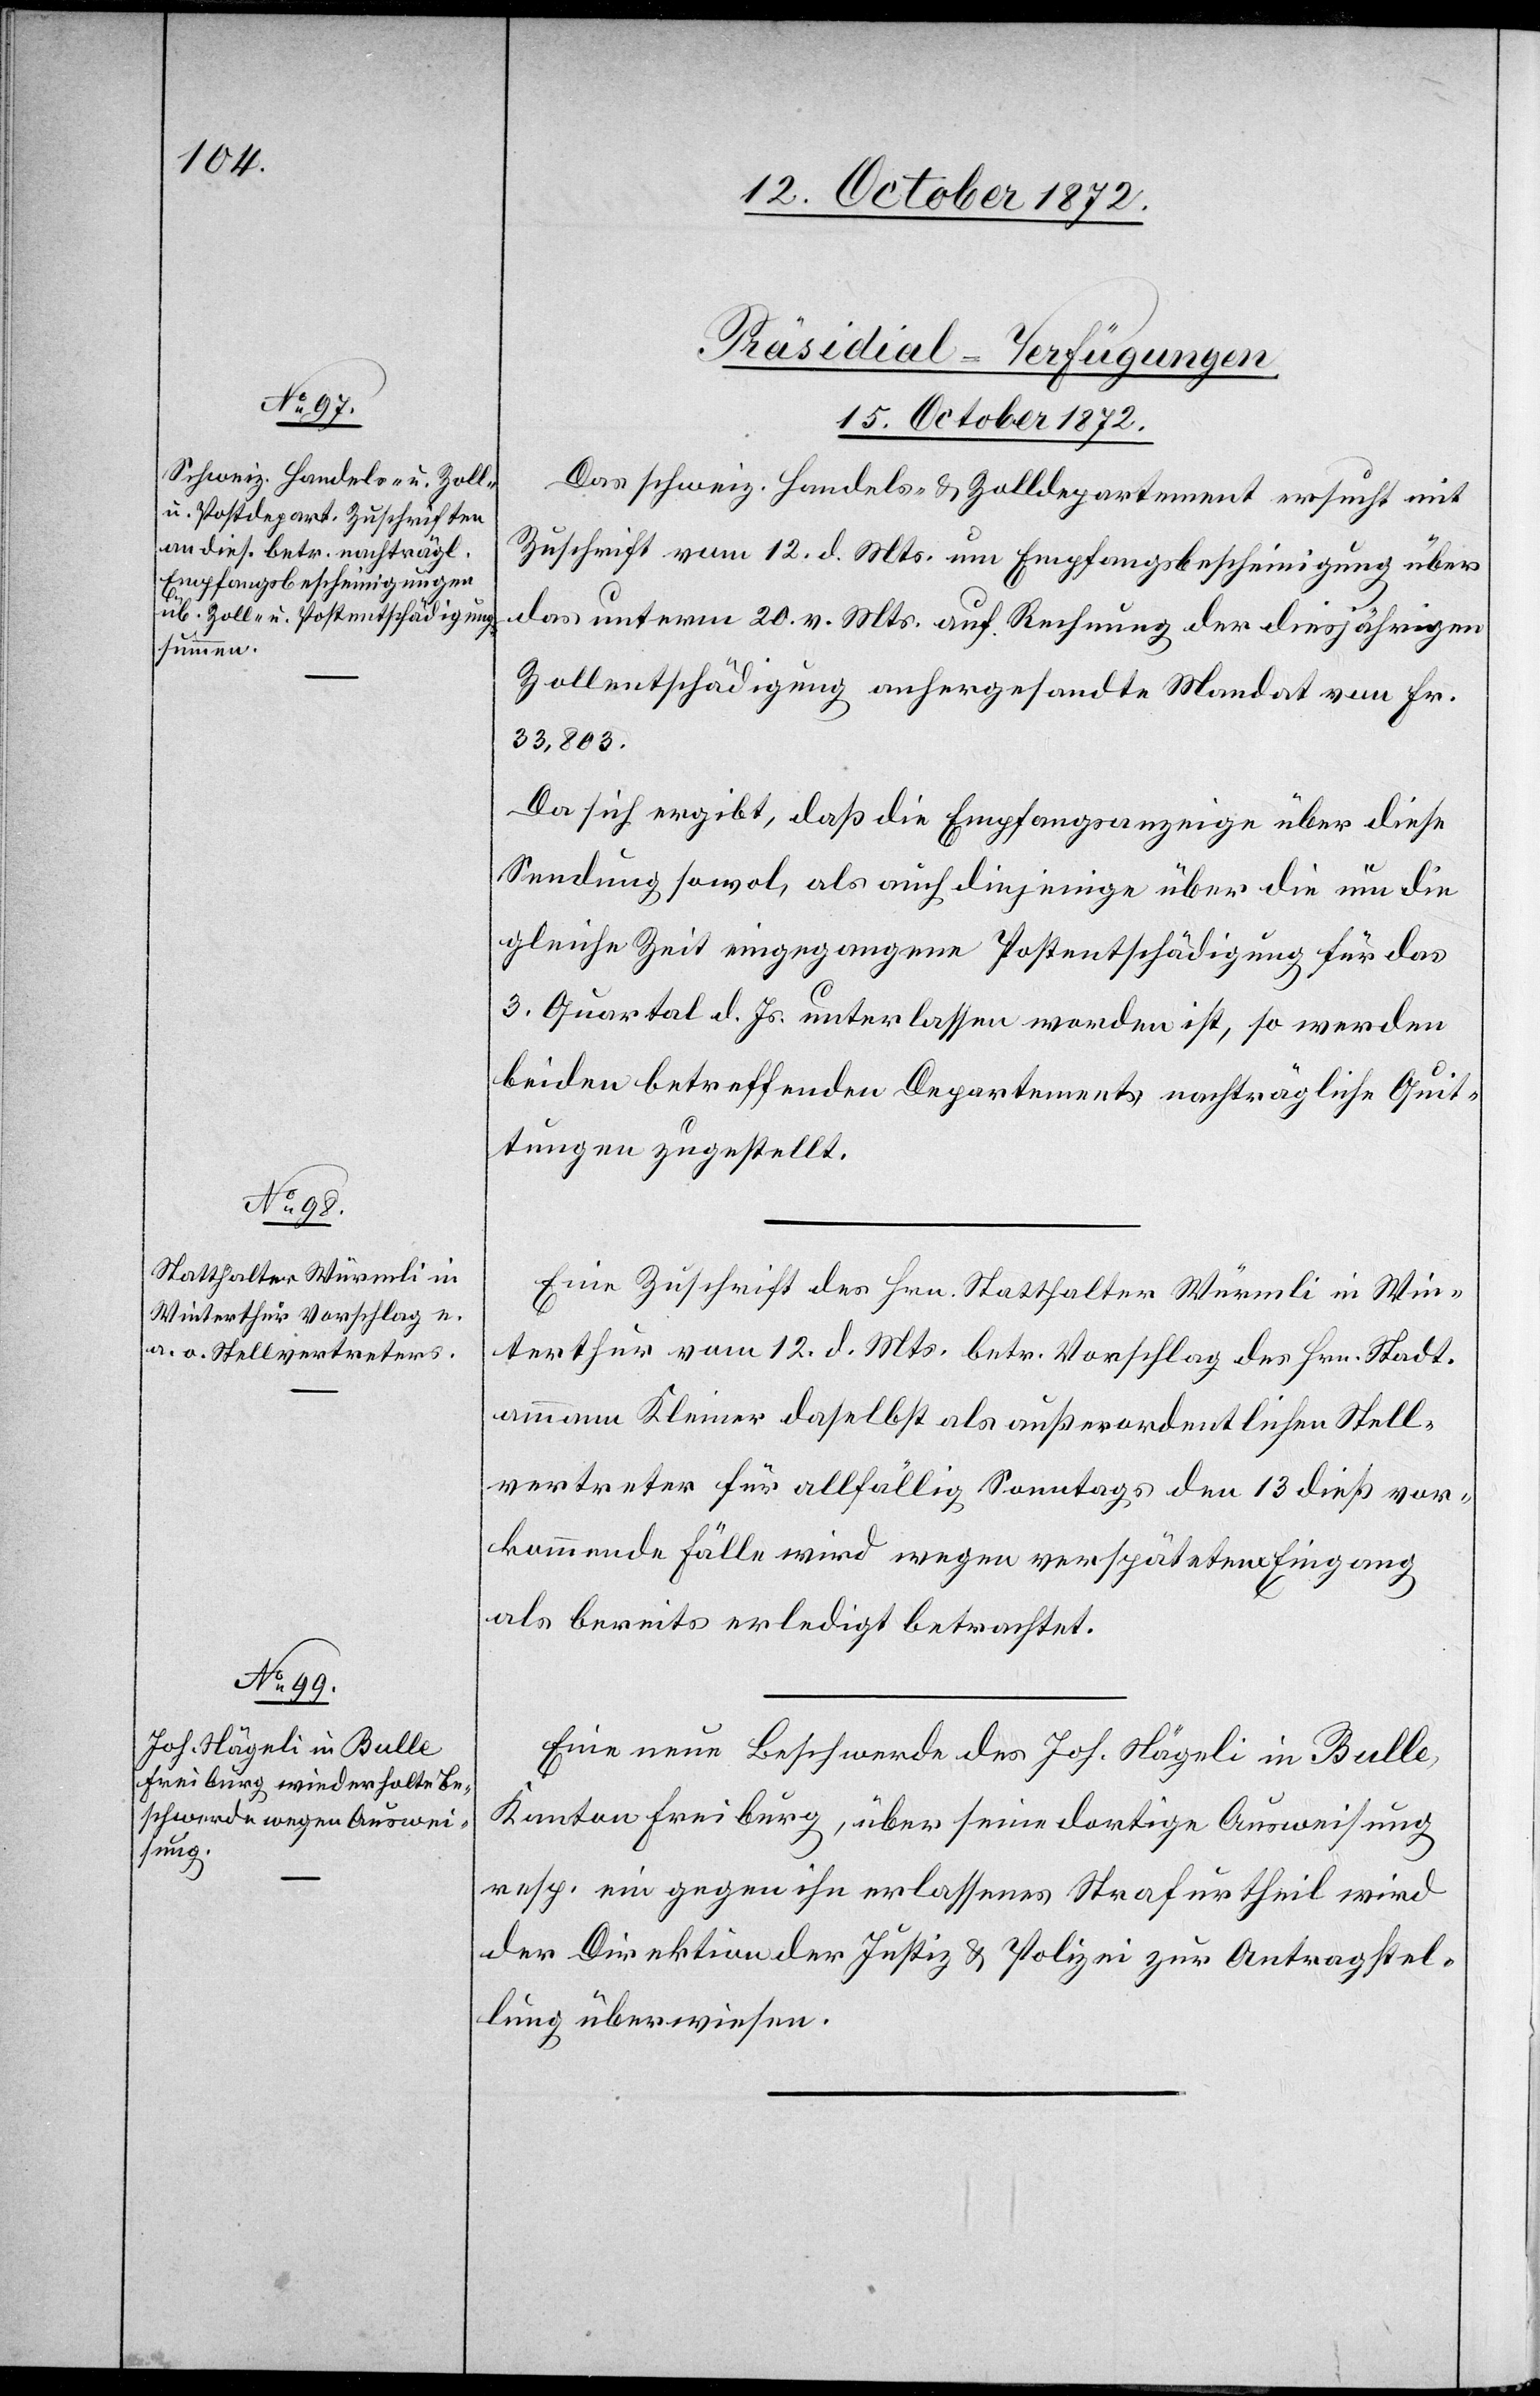
[Präsidial-Verfügungen
15. October 1872.]
Das schweiz. Handels- u. Zolldepartement ersucht mit
Zuschrift vom 12. d. Mts. um Empfangsbescheinigung über
das unterm 20. v. Mts. auf Rechnung der diesjährigen
Zollentschädigung anhergesandte Mandat von Fr.
33,803.
Da sich ergibt, daß die Empfangsanzeige über diese
Sendung sowol, als auch diejenige über die um die
gleiche Zeit eingegangene Postentschädigung für das
3. Quartal d. Js. unterlassen worden ist, so werden
beiden betreffenden Departements nachträgliche Quit¬
tungen zugestellt.
Eine Zuschrift des Hrn. Statthalter Würmli in Win¬
terthur vom 12. d. Mts. betr. Vorschlag des Hrn. Stadt¬
ammann Kleiner daselbst als außerordentlichen Stell¬
vertreter für allfällig Sonntags den 13 dieß vor¬
kommende Fälle wird wegen verspätetem Eingang
als bereits erledigt betrachtet.
Eine neue Beschwerde des Joh. Nägeli in Bulle,
Kanton Freiburg, über seine dortige Ausweisung
resp. ein gegen ihn erlassenes Strafurtheil wird
der Direktion der Justiz u. Polizei zur Antragstel¬
lung überwiesen.